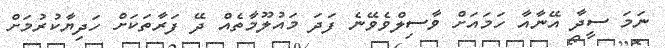
ނަމަ ސީދާ އޭނާއާ ހަމައަށް ވާސިލްވެވޭނެ ފަދަ މައުލޫމާތެއް ދޭ ފަރާތަކަށް ހަދިޔާކުރުމަށް